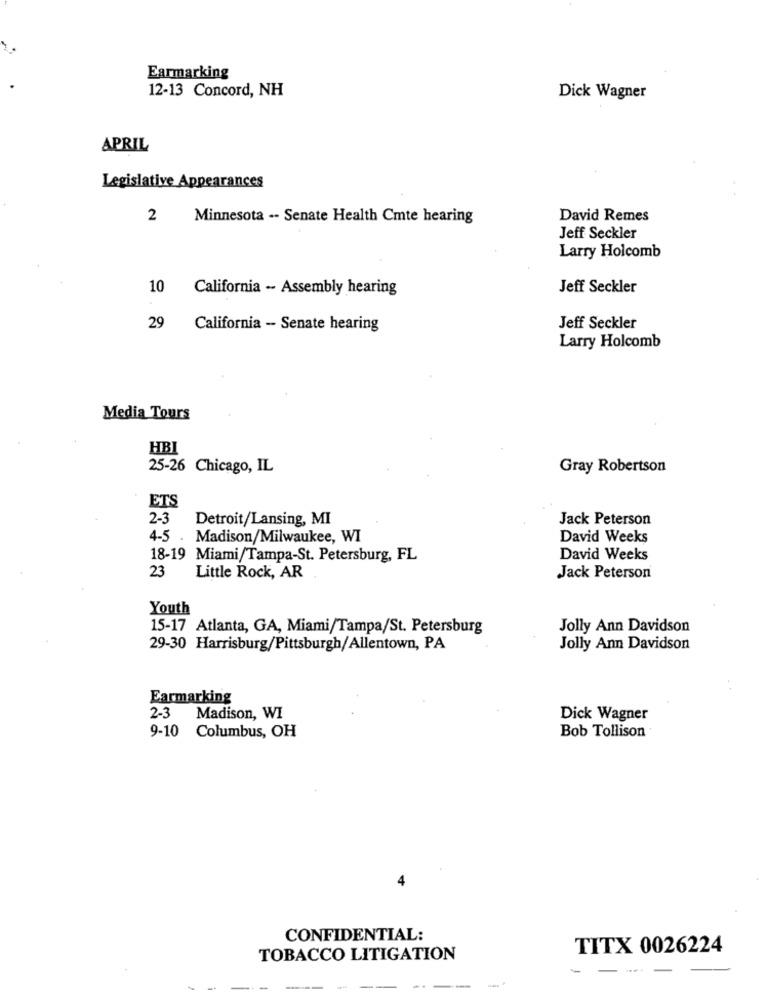
Earmarking
12-13 Concord, NH
Dick Wagner
APRIL
Legislative Appearances
2
Minnesota -- Senate Health Cmte hearing
David Remes
Jeff Seckler
Larry Holcomb
10
California -- Assembly hearing
Jeff Seckler
29
California - Senate hearing
Jeff Seckler
Larry Holcomb
Media Tours
HBI
25-26 Chicago, IL
Gray Robertson
ETS
2-3
Detroit/Lansing, MI
Jack Peterson
4-5 . Madison/Milwaukee, WI
David Weeks
18-19 Miami/Tampa-St. Petersburg, FL
David Weeks
23
Little Rock, AR
Jack Peterson
Youth
15-17 Atlanta, GA, Miami/Tampa/St. Petersburg
Jolly Ann Davidson
29-30 Harrisburg/Pittsburgh/Allentown, PA
Jolly Ann Davidson
Earmarking
2-3
Madison, WI
Dick Wagner
Bob Tollison
9-10 Columbus, OH
4
CONFIDENTIAL:
TITX 0026224
TOBACCO LITIGATION